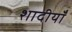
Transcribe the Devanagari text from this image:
शादीयाँ